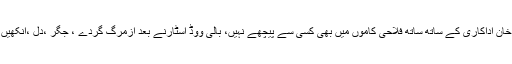
عامر خان بالی ووڈ کے مسٹر پرفیکشنیسٹ عامر خان اداکاری کے ساتھ ساتھ فلاحی کاموں میں بھی کسی سے پیچھے نہیں، بالی ووڈ اسٹارنے بعد ازمرگ گردے ، جگر ،دل ،آنکھیں اور پھیپھڑے عطیہ کرنے کا اعلان کررکھا ہے۔